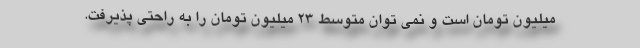
میلیون تومان است و نمی توان متوسط ۲۳ میلیون تومان را به راحتی پذیرفت.